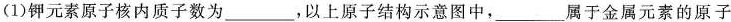
(1)钾元素原子核内质子数为___，以上原子结构示意图中，___属于金属元素的原子